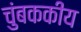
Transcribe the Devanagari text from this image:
चुंबककीय